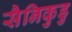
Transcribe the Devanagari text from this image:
सैनिकुडु